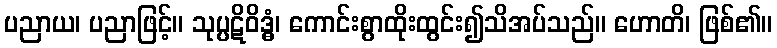
ပညာယ၊ ပညာဖြင့်။ သုပ္ပဋိဝိဒ္ဓံ၊ ကောင်းစွာထိုးထွင်း၍သိအပ်သည်။ ဟောတိ၊ ဖြစ်၏။